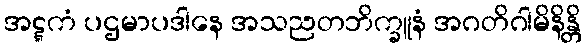
အဋ္ဋကံ ပဌမာပဒါနေ အသညတဘိက္ခူနံ အဂတိဂါမိနိန္တိ